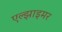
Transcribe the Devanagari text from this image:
एल्झाइमर